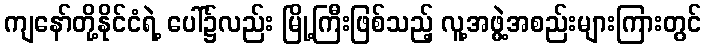
ကျနော်တို့နိုင်ငံရဲ့ ပေါ်၌လည်း မြို့ကြီးဖြစ်သည့် လူ့အဖွဲ့အစည်းများကြားတွင်